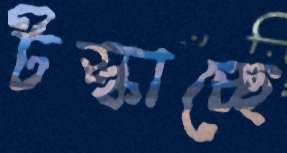
টস্‌কাচ্ছে